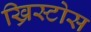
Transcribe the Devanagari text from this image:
ख्रिस्टोस